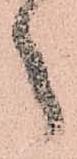
之